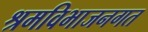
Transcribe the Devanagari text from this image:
श्रमविभाजनगत